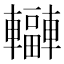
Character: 𨏟